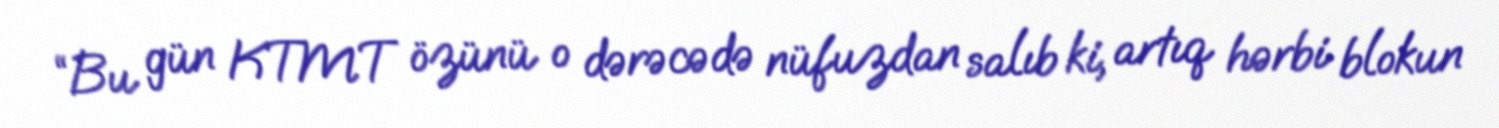
“Bu gün KTMT özünü o dərəcədə nüfuzdan salıb ki, artıq hərbi blokun